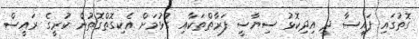
ގޮތުގައި ފައިސާ ދީ އިދިކޮޅު ސިޔާސީ ފަރާތްތަކާއި ގުޅުމަށް އެކިގޮތްގޮތުން ކުރީގެ ރައީސް